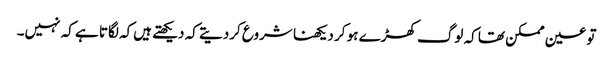
تو عین ممکن تھا کہ لوگ کھڑے ہو کر دیکھنا شروع کردیتے کہ دیکھتے ہیں‌کہ لگاتا ہے کہ نہیں۔